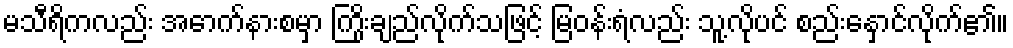
မသီရိကလည်း အောက်နားစမှာ ကြိုးချည်လိုက်သဖြင့် မြဝန်းရံလည်း သူ့လိုပင် စည်းနှောင်လိုက်၏။